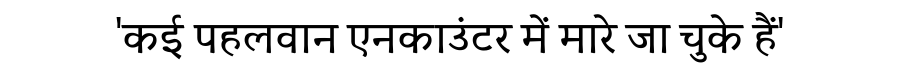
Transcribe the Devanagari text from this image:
'कई पहलवान एनकाउंटर में मारे जा चुके हैं'